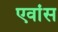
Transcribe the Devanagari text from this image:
एवांस